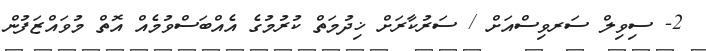
2- ސިވިލް ސަރވިސްއަށް / ސަރުކާރަށް ޚިދުމަތް ކުރުމުގެ އެއްބަސްވުމެއް އޮތް މުވައްޒަފުން